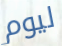
ليوم